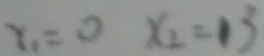
x _ { 1 } = 0 x _ { 2 } = 1 3